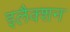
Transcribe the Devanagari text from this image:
इलैक्शन